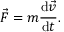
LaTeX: { \vec { F } } = m { \frac { \mathrm { d } { \vec { v } } } { \mathrm { d } t } } .